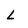
Character: L